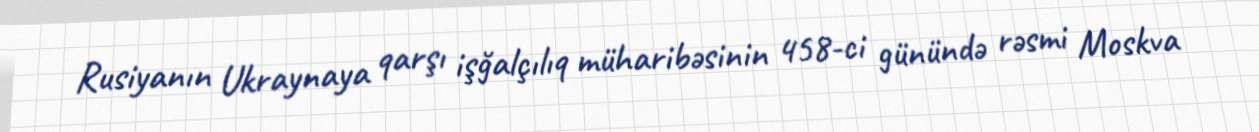
Rusiyanın Ukraynaya qarşı işğalçılıq müharibəsinin 458-ci günündə rəsmi Moskva